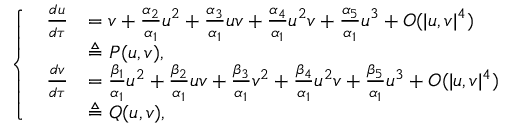
\left\{ \begin{array} { l l } { \begin{array} { r l } { \frac { d u } { d \tau } } & { = v + \frac { \alpha _ { 2 } } { \alpha _ { 1 } } u ^ { 2 } + \frac { \alpha _ { 3 } } { \alpha _ { 1 } } u v + \frac { \alpha _ { 4 } } { \alpha _ { 1 } } u ^ { 2 } v + \frac { \alpha _ { 5 } } { \alpha _ { 1 } } u ^ { 3 } + O ( { | u , v | ^ { 4 } } ) } \\ & { \triangleq P ( u , v ) , } \\ { \frac { d v } { d \tau } } & { = \frac { \beta _ { 1 } } { \alpha _ { 1 } } u ^ { 2 } + \frac { \beta _ { 2 } } { \alpha _ { 1 } } u v + \frac { \beta _ { 3 } } { \alpha _ { 1 } } v ^ { 2 } + \frac { \beta _ { 4 } } { \alpha _ { 1 } } u ^ { 2 } v + \frac { \beta _ { 5 } } { \alpha _ { 1 } } u ^ { 3 } + O ( { | u , v | ^ { 4 } } ) } \\ & { \triangleq Q ( u , v ) , } \end{array} } \end{array} \right.